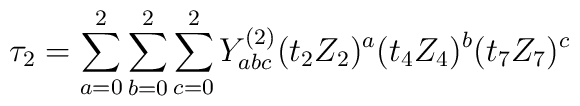
\tau_{2}=\sum\limits_{a=0}^{2}\sum\limits_{b=0}^{2}\sum\limits_{c=0}^{2}Y_{abc}^{(2)}(t_{2}Z_{2})^{a}(t_{4}Z_{4})^{b}(t_{7}Z_{7})^{c}